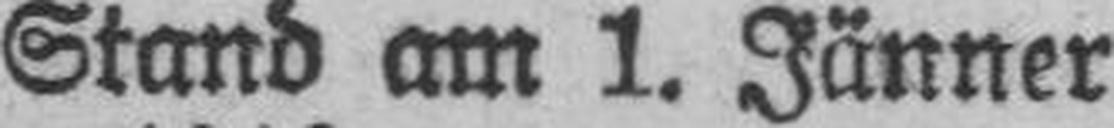
Stand am 1. Jänner